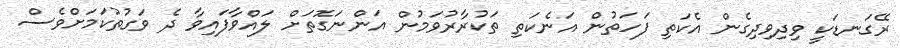
ރޭގަނޑަކީ ވިދިވިދިގެން އެކަތި ފަހަތުން އަނެކަތި ތަކުރާރުވަމުން އަންނަގޮތަށް ލައްވާފައިވާ ދެ ވަގުތުކަމަށްވެސް